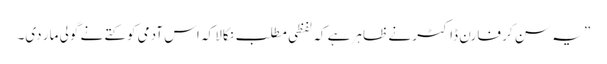
” یہ سن کر فارن ڈاکٹر نے ظاہر ہے کہ لفظی مطلب نکالا کہ اس آدمی کو کتے نے گولی مار دی۔